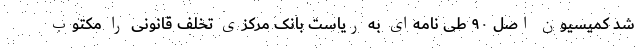
شد کمیسیون اصل ۹۰ طی نامه‌ای به ریاست بانک مرکزی تخلف قانونی را مکتوب